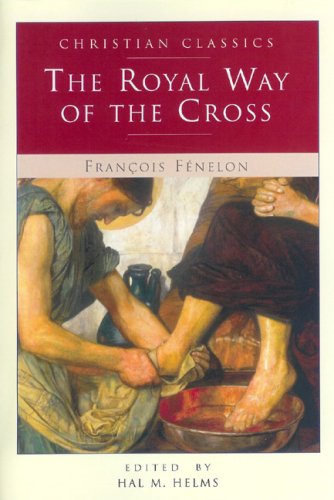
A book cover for The Royal Way of the Cross (Living Library); Francois Fenelon; Christian Books & Bibles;